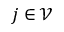
j \in \mathcal V